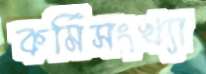
কর্মিসংখ্যা